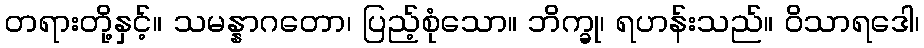
တရားတို့နှင့်။ သမန္နာဂတော၊ ပြည့်စုံသော။ ဘိက္ခု၊ ရဟန်းသည်။ ဝိသာရဒေါ၊